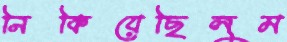
নিকিয়েছিলুম